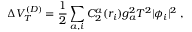
\Delta V _ { T } ^ { ( D ) } = { \frac { 1 } { 2 } } \sum _ { a , i } C _ { 2 } ^ { a } ( r _ { i } ) g _ { a } ^ { 2 } T ^ { 2 } | \phi _ { i } | ^ { 2 } \; ,